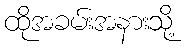
ထိုအခမ်းအနားသို့